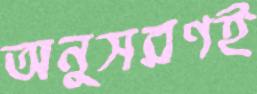
অনুসরণই